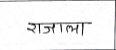
मजकूर: राजाला